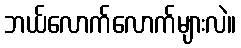
ဘယ်လောက်လောက်များလဲ။